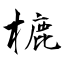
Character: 樚